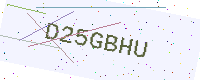
Text: D25GBHU